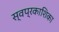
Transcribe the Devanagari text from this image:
स्वप्रकाशिका